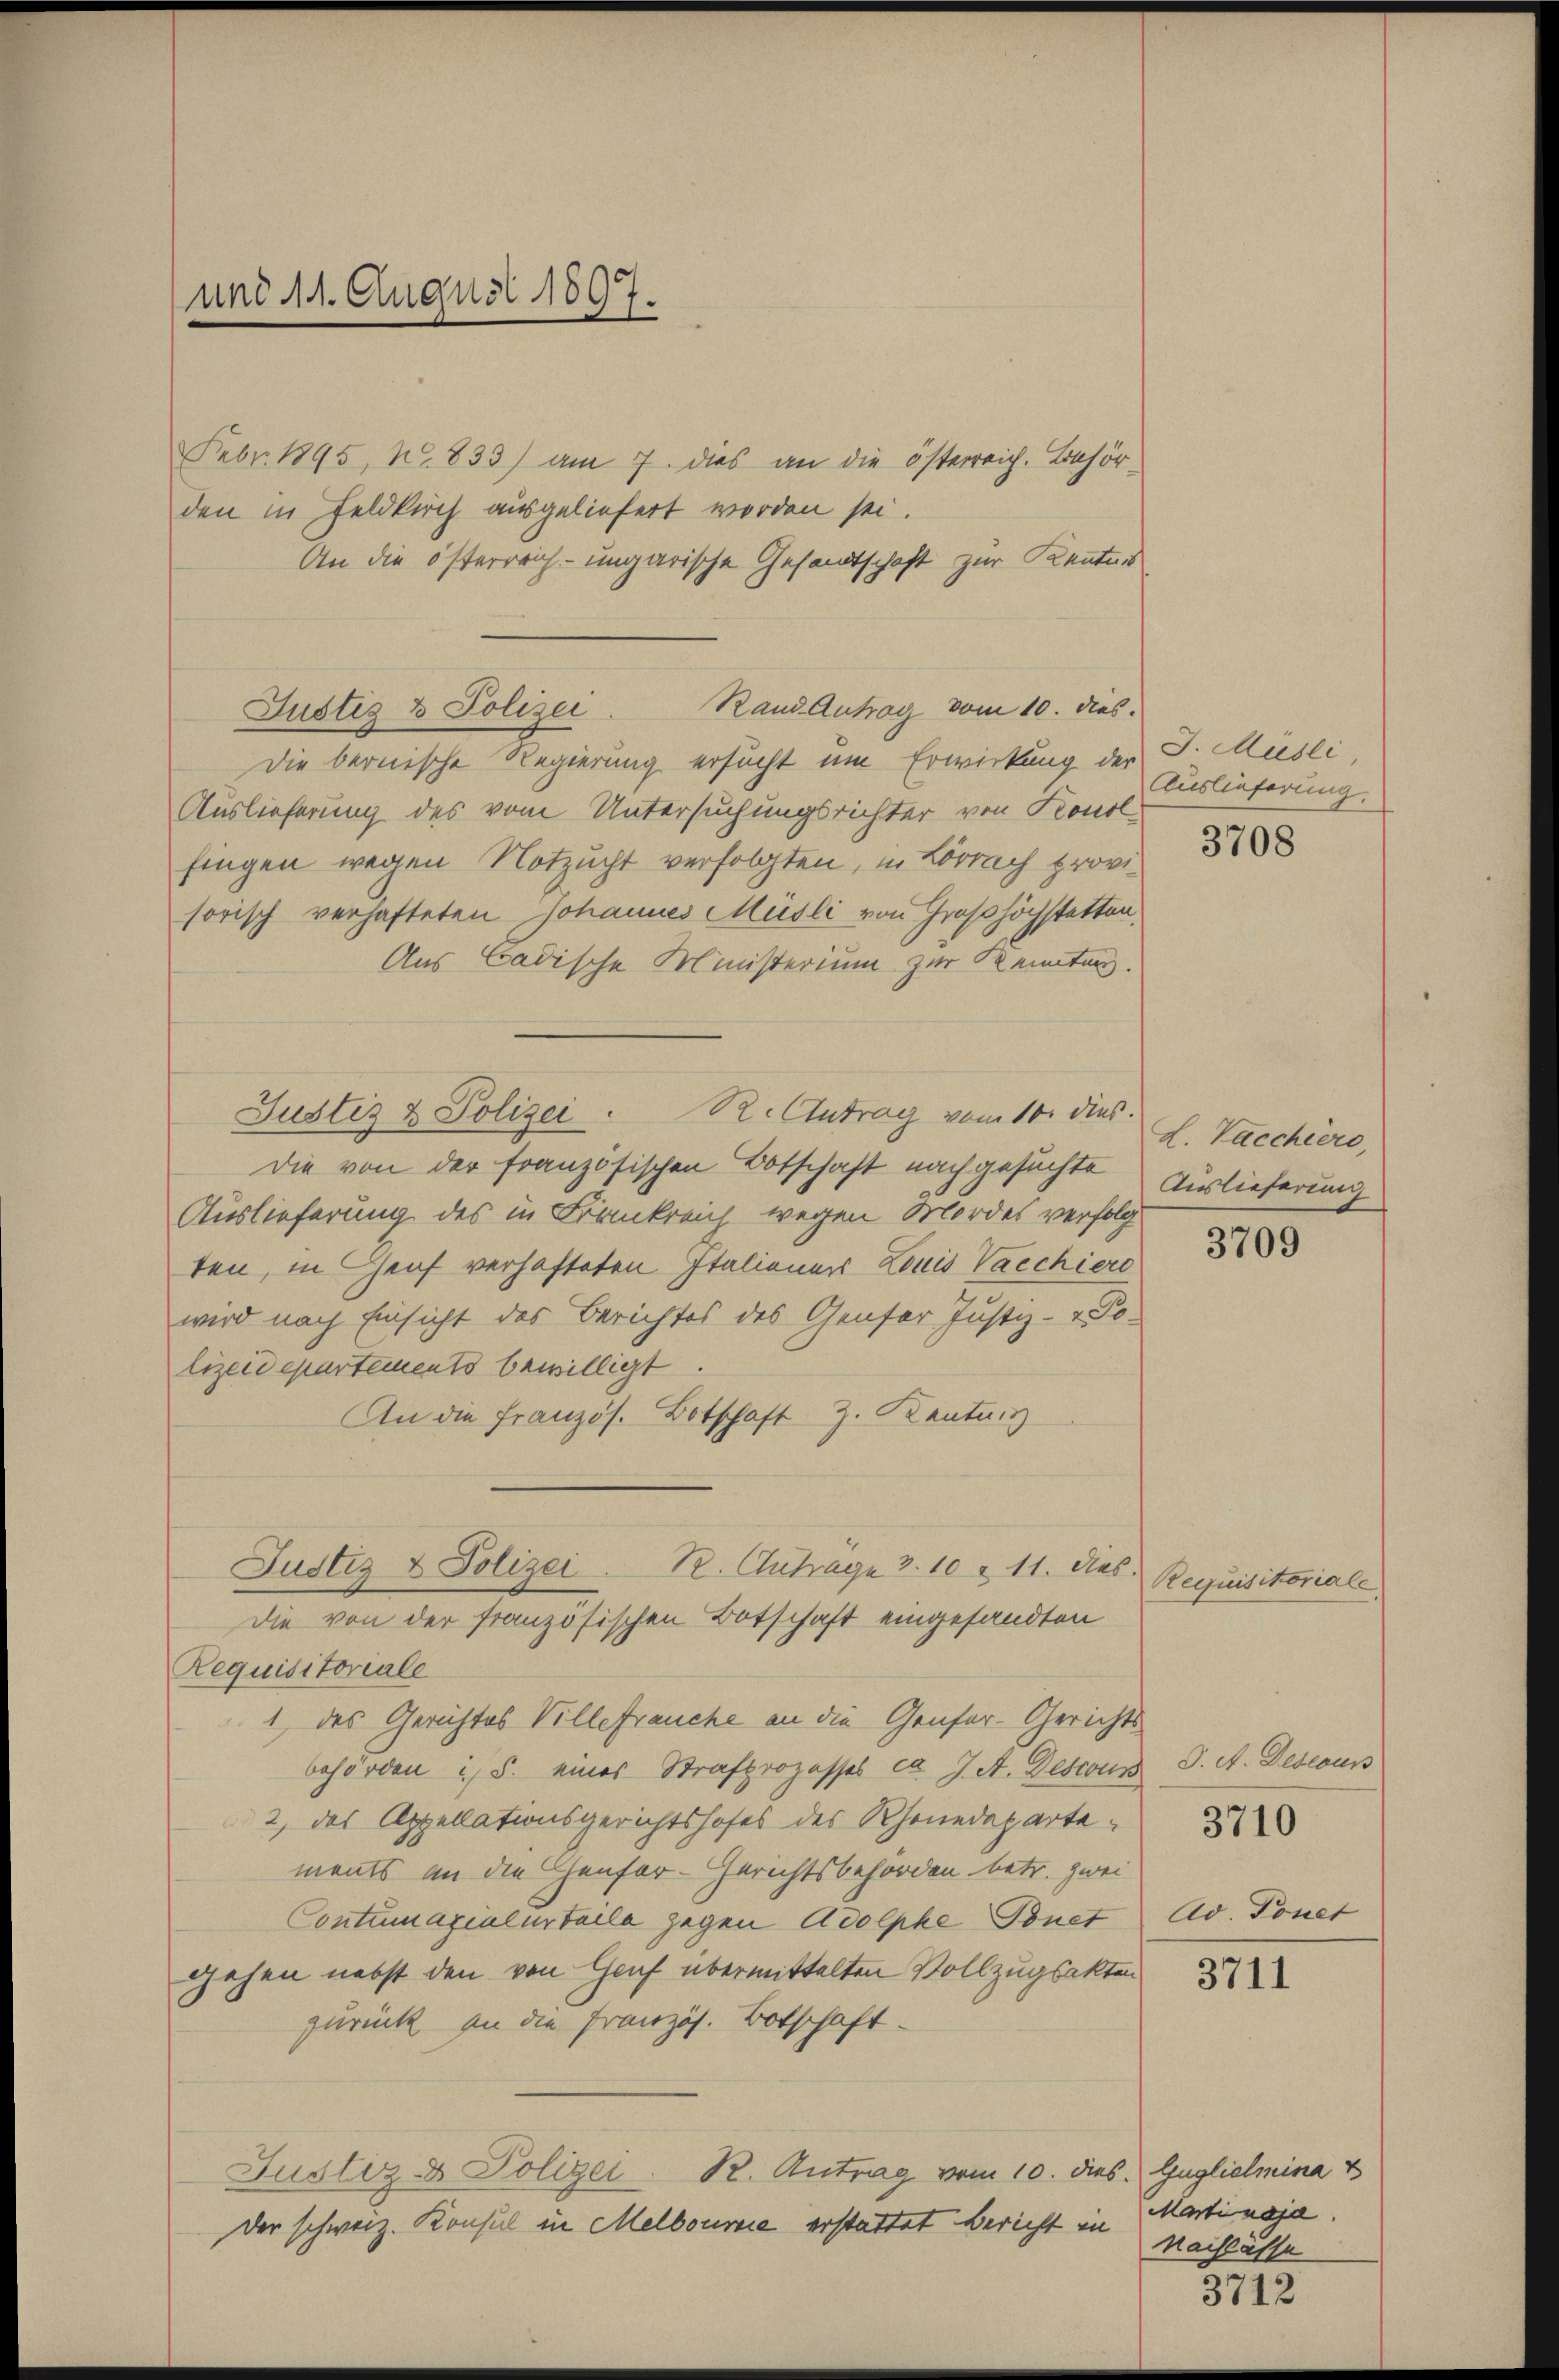
und 11. August 1897.

Febr. 1895, N. 833) am 7. dies an die österreich. Behör-
den in Feldkirch ausgeliefert werden sei.
An die österreich-ungarische Gesandtschaft zur Kenntnis

Justiz & Polizei. Rand Antrag vom 10. dies.

Die bernische Regierung ersucht um Erwirkung der G. Müsli,
Auslieferung des vom Untersuchungsrichter von Konol
fingen wegen Notzucht verfolgten, in Lörrach provisorisch verhafteten Johannes Müsli von Großhöchstetten
Aus Badische Ministerium zur Kennten.
Die von der französischen Botschaft nachgesuchte
Auslieferung des in Frankreich wegen Mordes verfolg
ten, in Genf verhafteten Italiener Louis Vacchier
wird nach Einsicht des Berichtes des Genfer Justiz- & Polizeidepartements bewilligt.
An die Französ. Botschaft Z. Kantanz
R. Antrage 3. 10 & 11. dies
Justiz & Polizei
Die von der französischen Botschaft eingesandten
Requisitoriale
1 des Gerichtes Villefrauche an die Genfer-Gerichts
behörden ist s. eines Strafprozesses ca J. A. Deswus
2, das Appellationsgerichtshofes des Rhonedepartements an die Genfer-Gerichtsbehörden betr. zwei
Contumazialurteile gegen Adolphe Bonet
gehen nebst den von Graf übermittelten Vollzugsakten
zurück an die Französ. Botschaft.
Justiz- & Polizei. R. Antrag vom 10. dies. Guglielmina v
Der schweiz. Konsul in Melbourie erstattet Bericht in

Justiz & Polizei. R. Antrag vom 10. dies

Auslieferung

3708

L. Vaccheero,
Auslieferung

3709

Requisitoriale

J. A. Desecun
3710

Ad Tonet

3711

Martinaja.
Nachlasse

3712